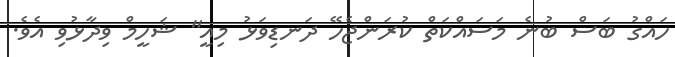
ހައްގު ބަސް ބުނެ މަސައްކަތް ކުރަންޖެހޭ ދަނޑިވަޅު މިއީ" ޝަހީމް ވިދާޅުވި އެވެ.